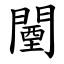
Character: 闉